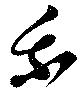
我